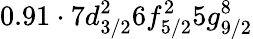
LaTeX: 0.91\cdot 7d_{3/2}^{2}6f_{5/2}^{2}5g_{9/2}^{8}